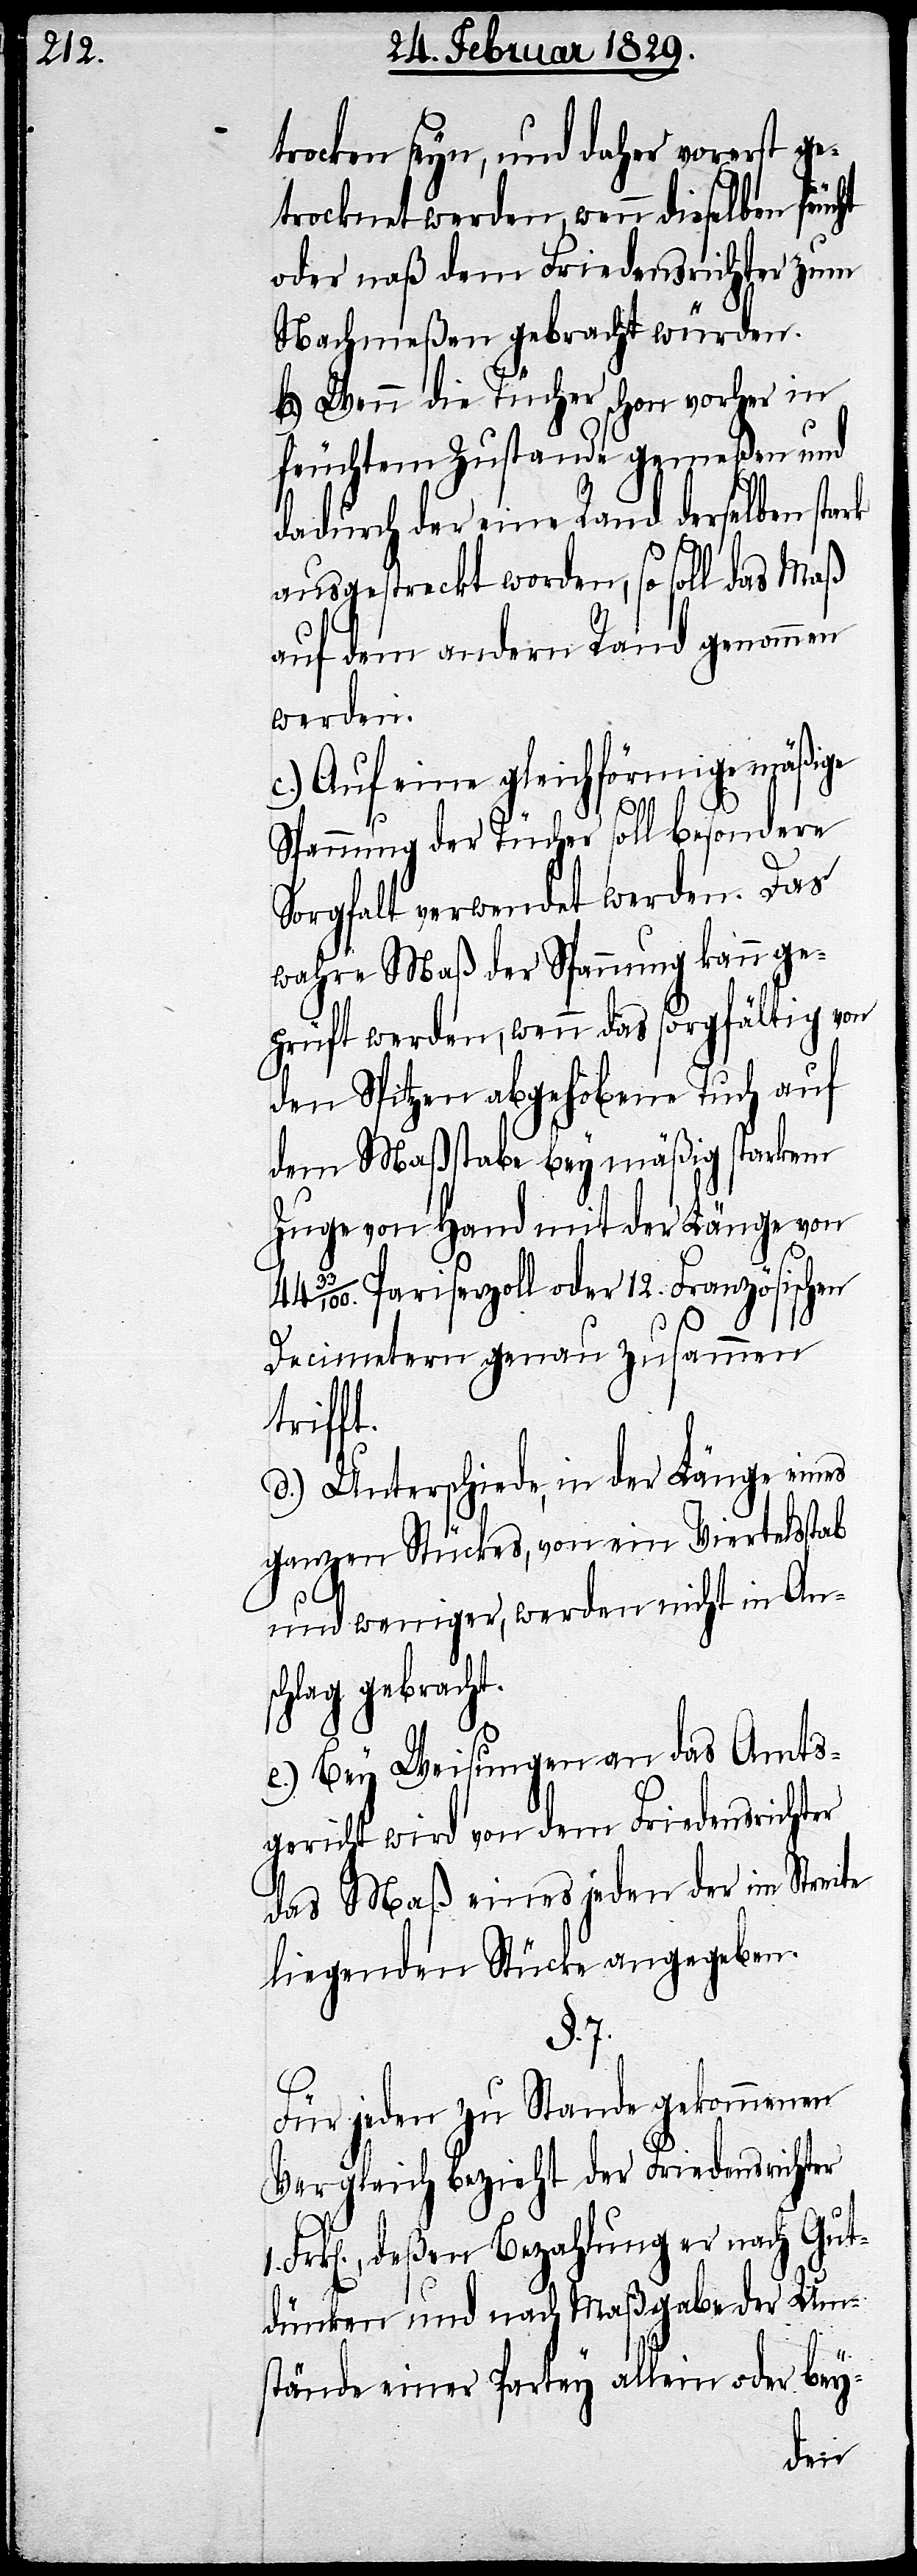
trocken seyn, und daher vorerst ge¬
trocknet werden, wenn dieselben feucht
oder naß dem Friedensrichter zum
Nachmeßen gebracht würden.
b.) Wenn die Tücher schon vorher in
feuchtem Zustand gemeßen und
dadurch der eine Rand derselben stark
ausgestreckt worden, so soll das Maß
auf dem andern Rand genommen
werden.
c.) Auf eine gleichförmige mäßige
Spannung der Tücher soll besondere
Sorgfalt verwendet werden. Das
wahre Maß der Spannung kann ge¬
prüft werden, wenn das sorgfältig von
den Spitzen abgehobene Tuch auf
dem Maßstabe bey mäßig starkem
Zuge von Hand mit der Länge von
Pariserzoll oder 12. Französischen
Decimeter genau zusammen
triff¬
d.) Unterschiede, in der Länge eines
ganzen Stückes, von einem Viertelsstab
1.
und weniger, werden nicht in Ans¬
chlag gebracht.
e.) Bey Weisungen an das Amts¬
gericht wird von dem Friedensrichter
das Maß eines jeden der im Streite
liegenden Stücke angegeben.
§. 7.
Fr¬
Für jeden zu Stande gekommenen
Vergleich bezieht der Friedensrichter
k[en]., deßen Bezahlung er nach Gut¬
dünken und nach Maßgabe der Um¬
stände einer Partey allein oder bey-